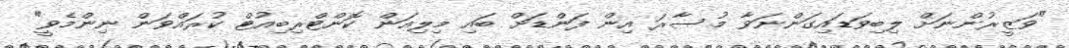
"ވަޒީރުންނަށް ލިބިވަޑައިގަންނަވާ މުސާރަ އިން ފަންޑަށް ބައި މިލިއަން ކޮންޓްރިބިއުޓް ކުރައްވަން ނިންމެވީ"